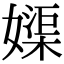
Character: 𡡥